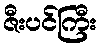
ဇီးပင်ကြီး